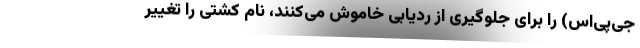
جی‌پی‌اس) را برای جلوگیری از ردیابی خاموش می‌کنند، نام کشتی را تغییر